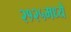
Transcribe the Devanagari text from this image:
२१२५मध्ये